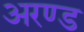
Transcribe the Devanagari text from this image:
अरण्ड